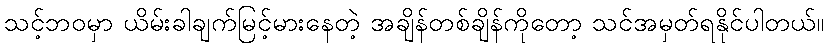
သင့်ဘဝမှာ ယိမ်းခါချက်မြင့်မားနေတဲ့ အချိန်တစ်ချိန်ကိုတော့ သင်အမှတ်ရနိုင်ပါတယ်။